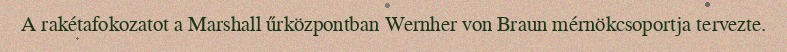
A rakétafokozatot a Marshall űrközpontban Wernher von Braun mérnökcsoportja tervezte.